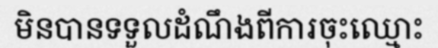
មិនបានទទួលដំណឹងពីការចុះឈ្មោះ